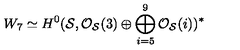
W _ { 7 } \simeq H ^ { 0 } ( { \cal S } , { \cal O } _ { \cal S } ( 3 ) \oplus \bigoplus _ { i = 5 } ^ { 9 } { \cal O } _ { \cal S } ( i ) ) ^ { * }